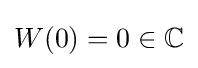
W(0)=0\in \mathbb {C}